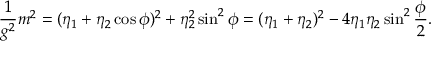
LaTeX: \frac { 1 } { g ^ { 2 } } m ^ { 2 } = ( \eta _ { 1 } + \eta _ { 2 } \cos \phi ) ^ { 2 } + \eta _ { 2 } ^ { 2 } \sin ^ { 2 } \phi = ( \eta _ { 1 } + \eta _ { 2 } ) ^ { 2 } - 4 \eta _ { 1 } \eta _ { 2 } \sin ^ { 2 } \frac { \phi } { 2 } .